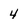
Character: 4